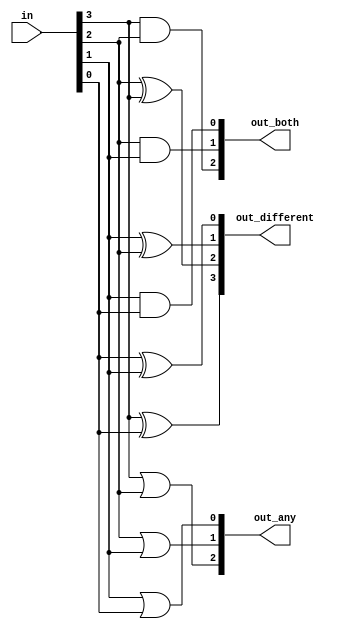
/*You are given a four-bit input vector in[3:0]. 
We want to know some relationships between each bit and its neighbour:

out_both: Each bit of this output vector should indicate whether both
the corresponding input bit and its neighbour to the left (higher index) are '1'.
For example, out_both[2] should indicate if in[2] and in[3] are both 1. 
Since in[3] has no neighbour to the left, the answer is obvious so we don't need to know out_both[3].
out_any: Each bit of this output vector should indicate 
whether any of the corresponding input bit and its neighbour to the right are '1'.
For example, out_any[2] should indicate if either in[2] or in[1] are 1. Since in[0] has no neighbour to the right, 
the answer is obvious so we don't need to know out_any[0].
out_different: Each bit of this output vector should indicate whether the corresponding input bit is different from its neighbour to the left.
For example, out_different[2] should indicate if in[2] is different from in[3].
For this part, treat the vector as wrapping around, so in[3]'s neighbour to the left is in[0].*/
module top_module( 
    input [3:0] in,
    output [2:0] out_both,
    output [3:1] out_any,
    output [3:0] out_different );
    assign out_both[2]= (in[3]&in[2]);
    assign out_both[1]= (in[2]&in[1]);
    assign out_both[0]= (in[1]&in[0]);
    assign out_any[3]= (in[3]|in[2]);
    assign out_any[2]= (in[2]|in[1]);
    assign out_any[1]= (in[1]|in[0]);
    assign out_different[3]=in[3]^in[0];
    assign out_different[2]=in[2]^in[3];
    assign out_different[1]=in[1]^in[2];
    assign out_different[0]=in[0]^in[1];
          
endmodule